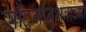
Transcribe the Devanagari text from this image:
सौंदर्यानुभवाच्या